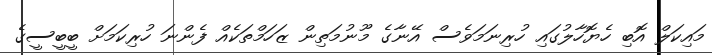
މައިކަލް އޮބި ހެޔޮހާލުގައި ހުރިނަމަވެސް އޭނާގެ މޫނުމަތިން ޒަހަމްތަކެއް ފެންނަ ހުރިކަމަށް ބީބީސީގެ